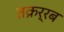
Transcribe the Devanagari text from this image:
तक़र्रब